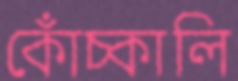
কোঁচ্‌কালি